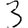
Digit: 3